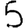
Digit: 5